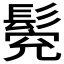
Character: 𩭕